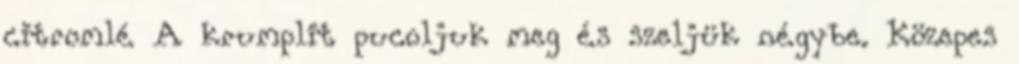
citromlé A krumplit pucoljuk meg és szeljük négybe. Közepes